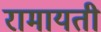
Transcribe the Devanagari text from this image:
रामायती